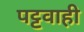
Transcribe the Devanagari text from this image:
पट्टवाही